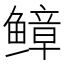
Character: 𫠒